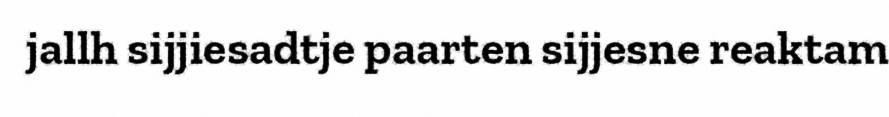
jallh sijjiesadtje paarten sijjesne reaktam